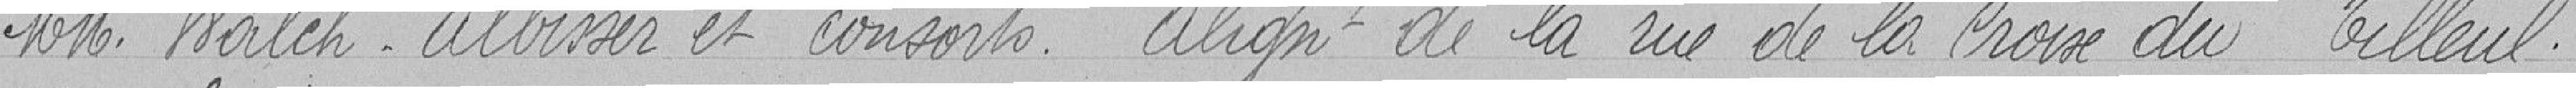
Messieurs WALCH, ALBISSER et CoNSORTS. Alignement de la rue de la croix du tilleul.